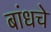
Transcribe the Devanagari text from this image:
बांधचे